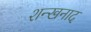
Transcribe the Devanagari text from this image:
शन्खनाद